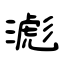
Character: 滮